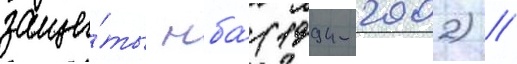
защи́ты нба́ (1994-2002) //